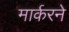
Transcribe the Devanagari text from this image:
मार्करने